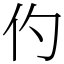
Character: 仢